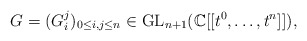
\begin{align*} G=(G_{i}^{j})_{0\leq i,j\leq n}\in \mathrm{GL}_{n+1}(\mathbb{C}[[t^0,\dots,t^n]]),\end{align*}